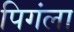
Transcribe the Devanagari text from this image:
पिगंला